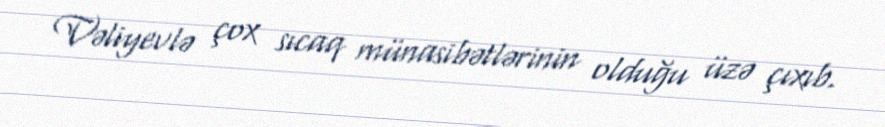
Vəliyevlə çox sıcaq münasibətlərinin olduğu üzə çıxıb.